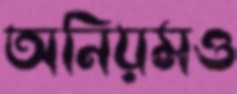
অনিয়মও